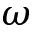
\omega